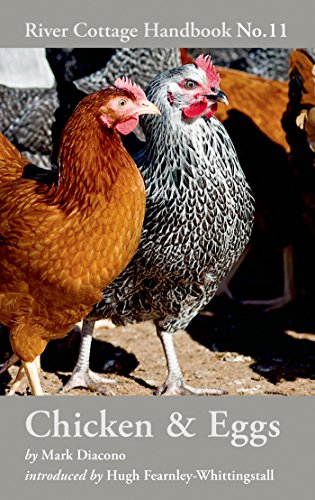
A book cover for Chicken & Eggs: River Cottage Handbook No.11; Mark Diacono; Cookbooks, Food & Wine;